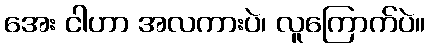
အေး ငါဟာ အလကားပဲ၊ လူကြောက်ပဲ။